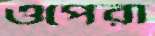
ওপেরা